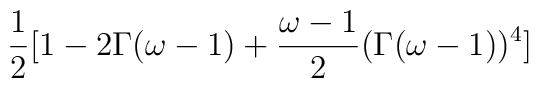
\frac{1}{2}[1 - 2 \Gamma (\omega - 1) + \frac{\omega - 1}{2} (\Gamma (\omega-1))^4]